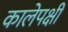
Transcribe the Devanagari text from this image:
कालेपक्षी